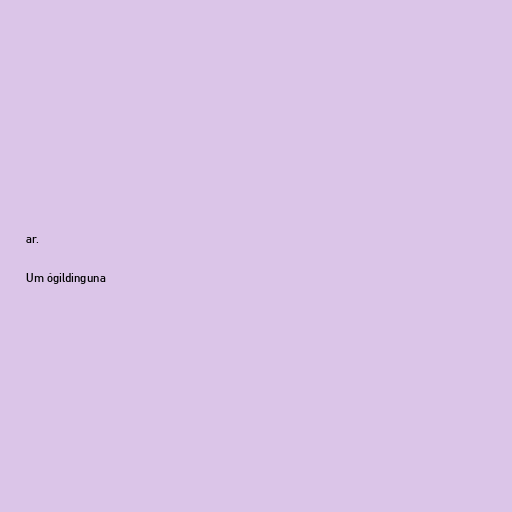
ar.

Um ógildinguna